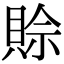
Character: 賒